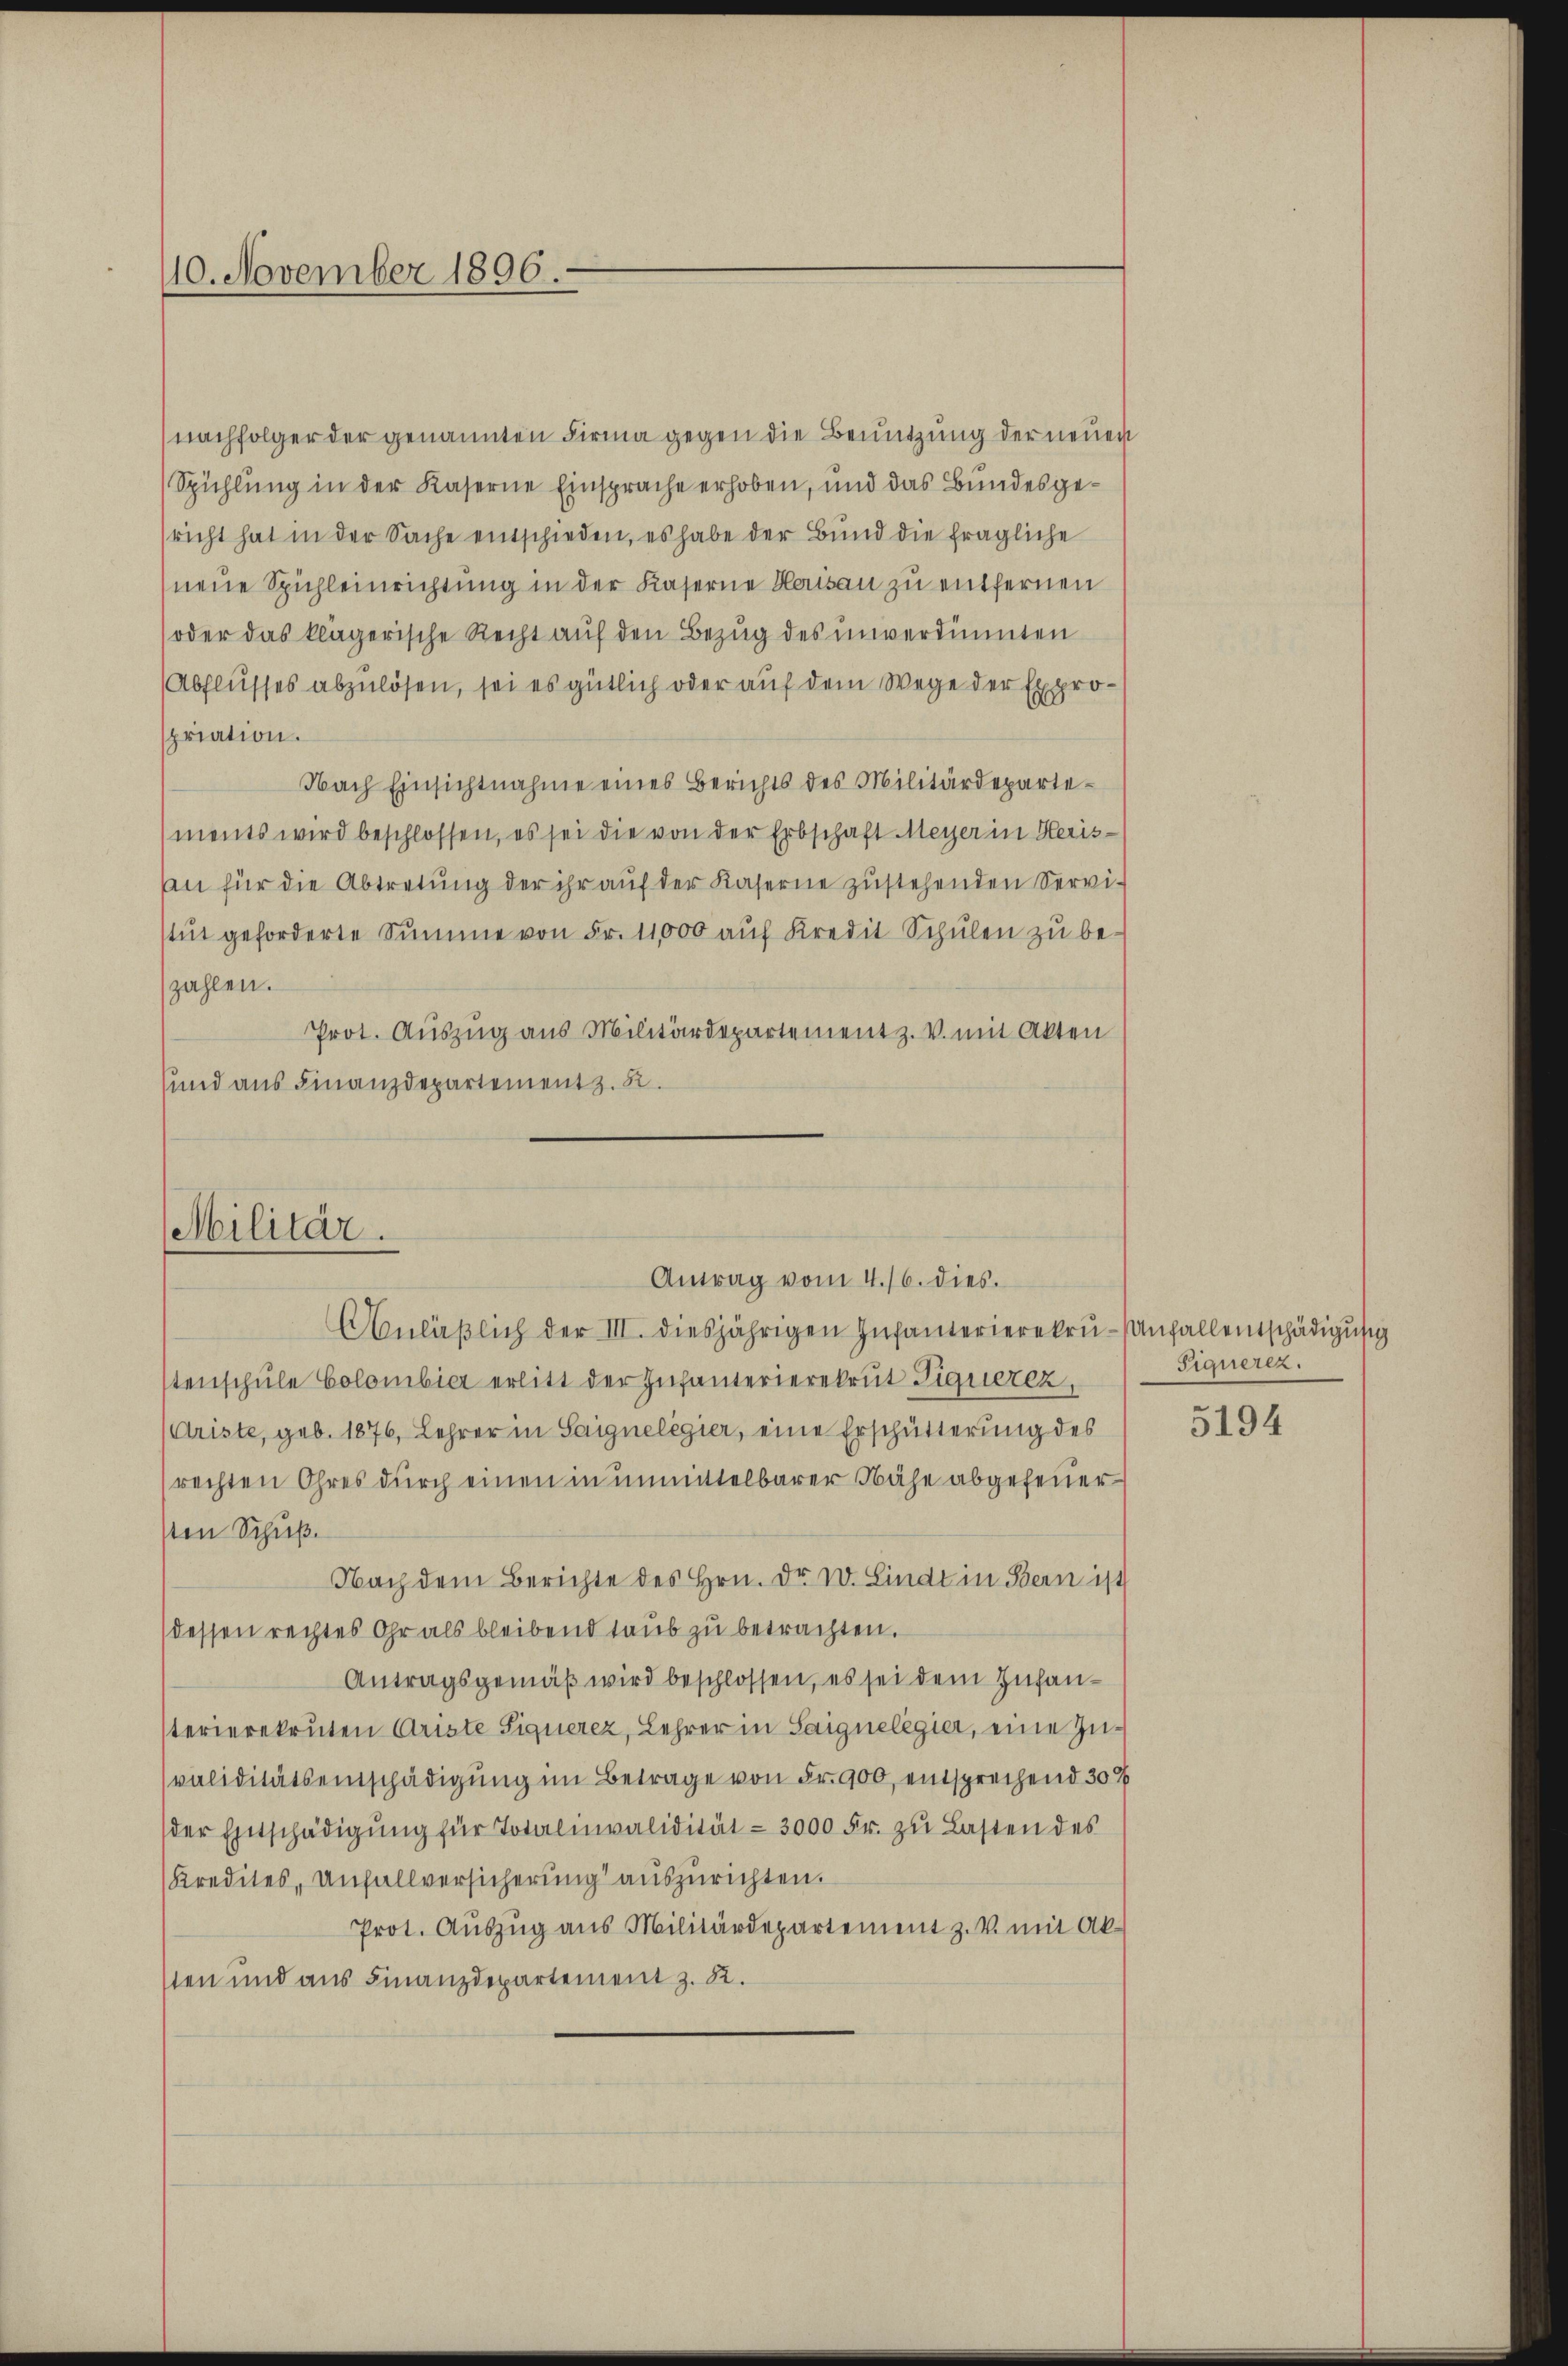
110. November 1896.

nachfolger der genannten Firma gegen die Benutzung der neuen
Spühlung in der Kaserne Einsprache erhoben, und das Bundesgesricht hat in der Sache entschieden, es habe der Bund die fragliche
neue Spichleinrichtung in der Kaserne Herisau zu entfernen
oder das klägerische Recht auf den Bezug des unverdünnten
Abflusses abzulösen, sei es gütlich oder auf dem Wege der Expropriation.
Nach Einsichtnahme eines Berichts des Militärdepartements wird beschlossen, es sei die von der Erbschaft Meyer in Herisan für die Abtretŭng der ihr aŭf der Kaserne zŭstehenden Servi-
stŭt geforderte Summe von Fr. 11000 aŭf Kredit Schŭlen zu bezahlen.
Prot. Auszug aus Militärdepartementz. V. mit Akten
sund aus Finanzdepartement z. B.

Militär.
Antrag vom 4. 16. dies.

Anläβlich der III. diesjährigen Infanterierekru-Anfallentschädigung
stenschŭle Colombier erlitt der Infanterierekrut Liquierez,
Ariste, geb. 1876, Lehrer in Saignelegier, eine Erschütterung des
rechten Ohres durch einen in unmittelbarer Nähe abgefeuer
sten Schuß.
Nach dem Berichte des Hrn. Dr. W. Lindt in Bern ist
dessen rechtes Ohr als bleibend taub zu betrachten.
Antragsgemäß wird beschlossen, es sei dem Infanterierekruten Ariste Signerez, Lehrer in Saignelegier, eine Zuvaliditätseinschädigung im Betrage von Fr. 900, entsprechend 30%
der Entschädigŭng für Totalmvalidität - 3000 Fr. zŭ Lasten des
Kredites, Unfallversicherung auszurichten.
Prot. Aŭszŭg aŭs Militärdepartement z. V. mit Ak-
sten und aus Finanzdepartement z. R.

s

Siguerez.

5194